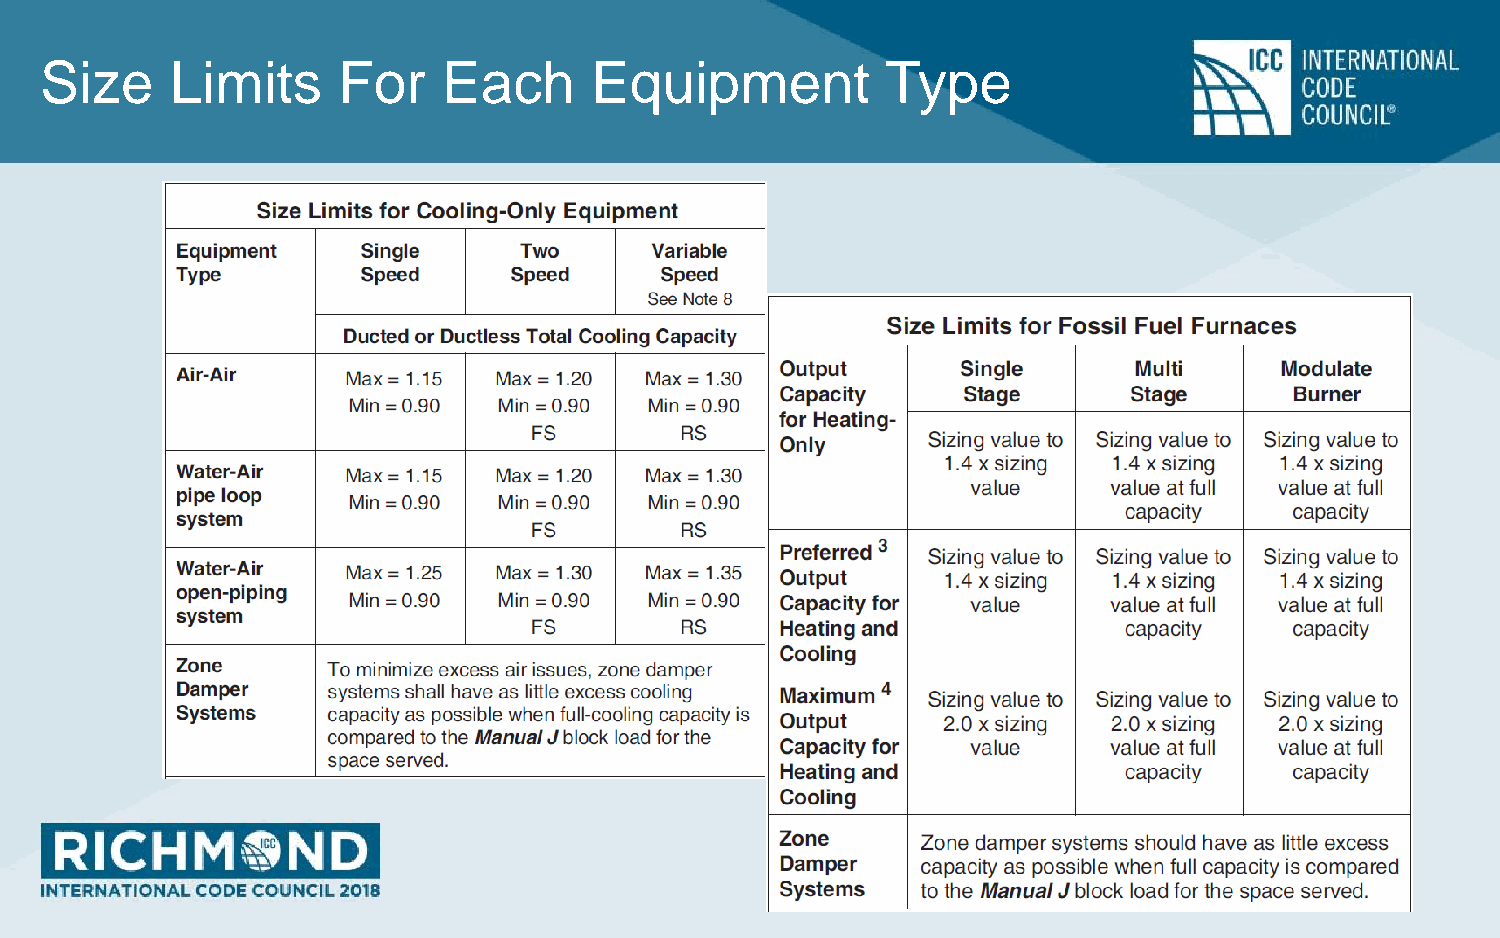
Size    Limits     For    Each      Equipment           Type